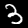
Digit: 3